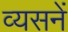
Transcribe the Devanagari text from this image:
व्यसनें